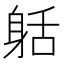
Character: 𨈸